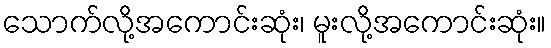
သောက်လို့အကောင်းဆုံး၊ မူးလို့အကောင်းဆုံး။